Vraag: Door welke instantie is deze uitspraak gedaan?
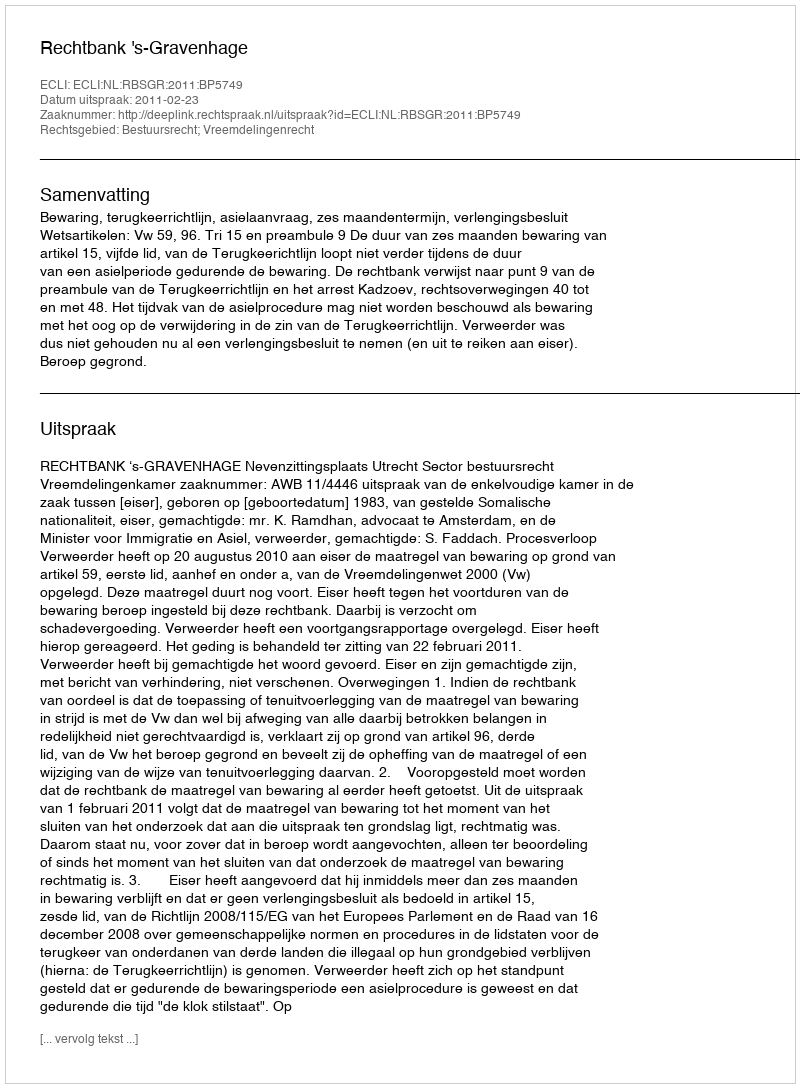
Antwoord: Rechtbank 's-Gravenhage